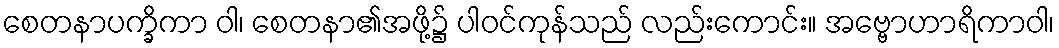
စေတနာပက္ခိကာ ဝါ၊ စေတနာ၏အဖို့၌ ပါဝင်ကုန်သည် လည်းကောင်း။ အဗ္ဗောဟာရိကာဝါ၊